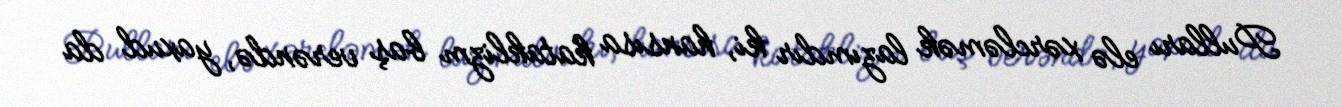
Pulları elə xərcləmək lazımdır ki, hansısa kataklizm baş verəndə, yaxud da